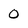
Character: 0